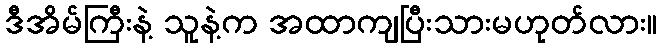
ဒီအိမ်ကြီးနဲ့ သူနဲ့က အထာကျပြီးသားမဟုတ်လား။